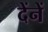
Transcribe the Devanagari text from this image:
देंनें